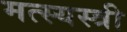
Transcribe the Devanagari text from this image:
मत्स्यस्त्री